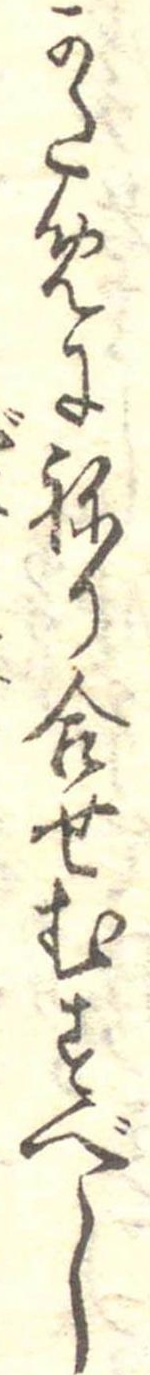
かためにねり合せむすべし